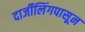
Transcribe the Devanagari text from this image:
दार्जीलिंगपासून